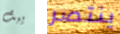
يبث ينتصر